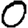
Digit: 0